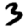
Digit: 3